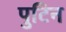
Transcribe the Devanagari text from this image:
पुटिन